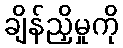
ချိန်ညှိမှုကို